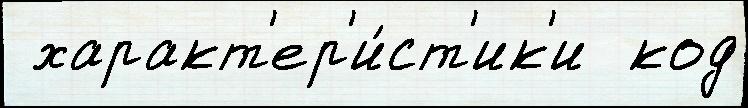
 характ'ер'и́ст'ик'и  код